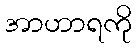
အာဟာရကို